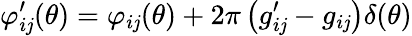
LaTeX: \varphi_{i\mathit{j}}^{\prime}(\theta)=\varphi_{i\mathit{j}}(\theta)+2\pi\left(g_{i\mathit{j}}^{\prime}-g_{i\mathit{j}}\right)\delta(\theta)